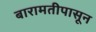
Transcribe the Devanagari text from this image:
बारामतीपासून